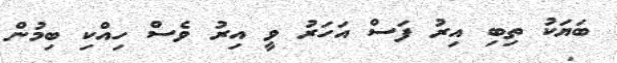
ބަޔަކު ތިބި އިރު ފަސް އަހަރު ވީ އިރު ވެސް ހިއްކި ބިމުން